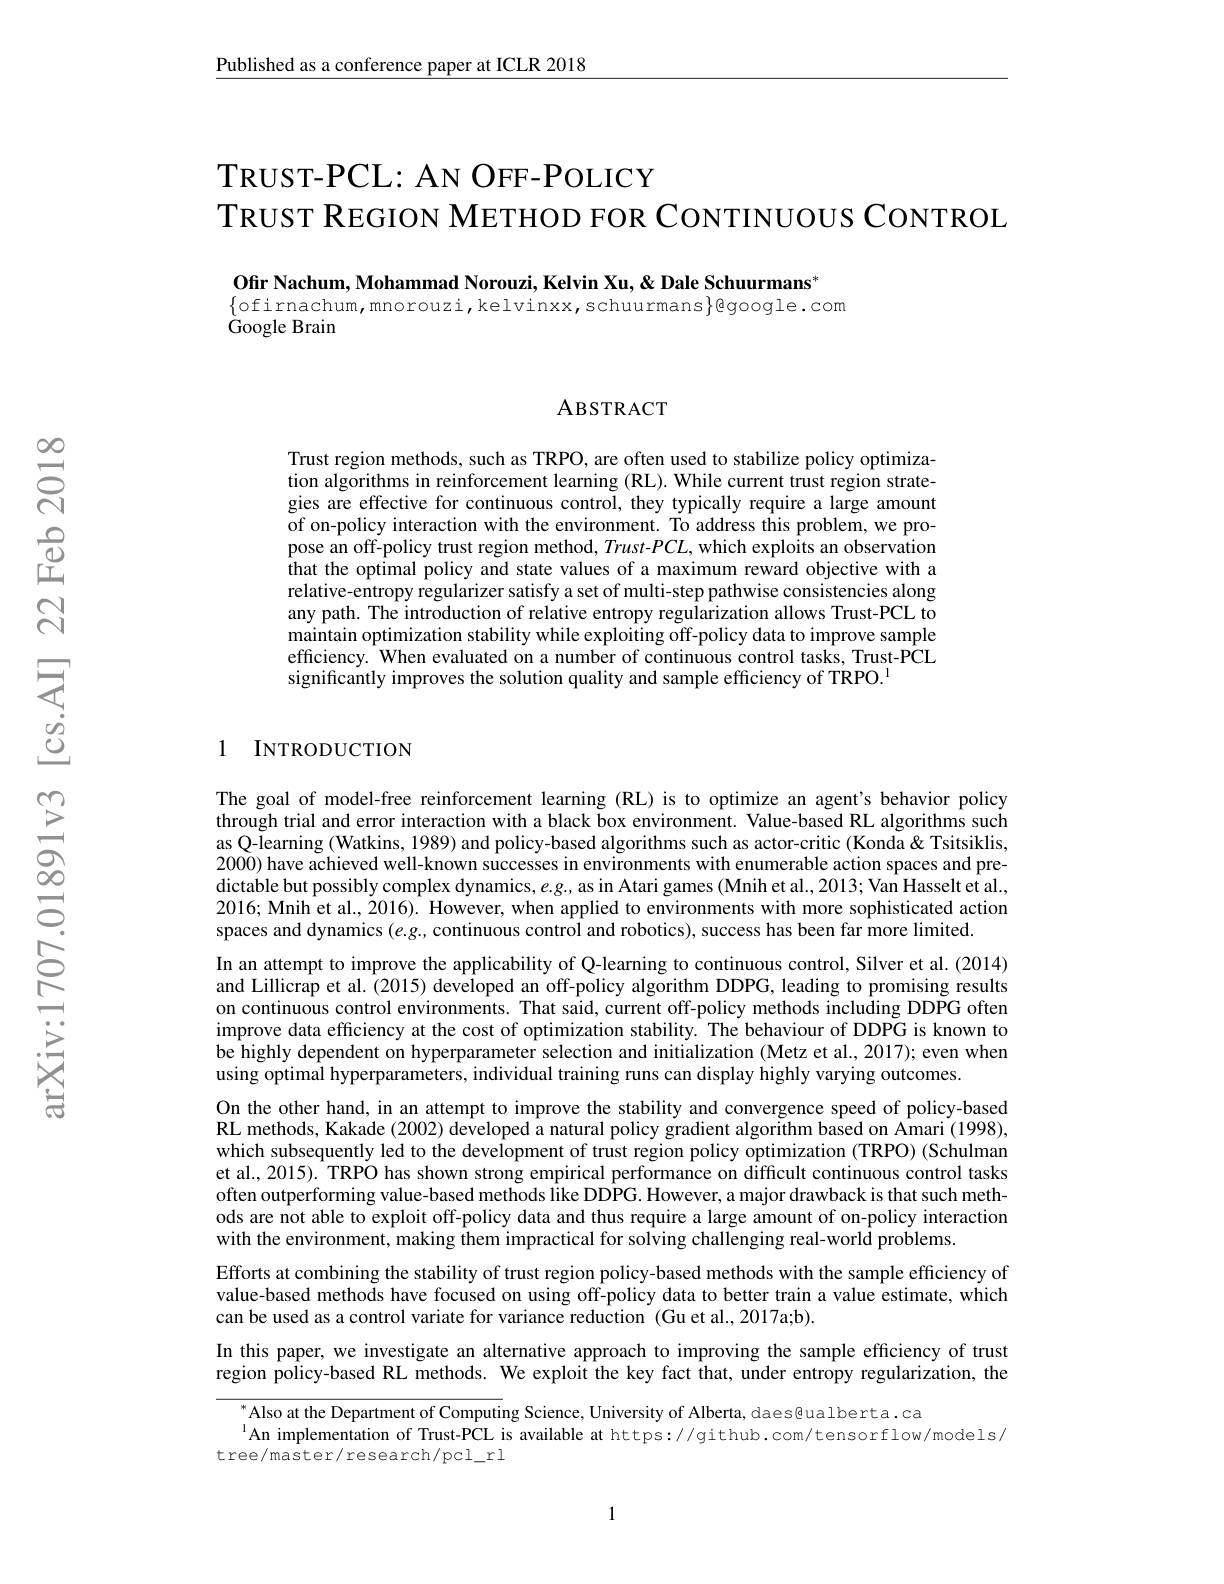
Published as a conference paper at ICLR 2018

TRUST- PCL: AN OFF- POLICY
TRUST REGION METHOD FOR CONTINUOUS CONTROL

Ofir Nachum, Mohammad Norouzi, Kelvin Xu, & Dale Schuurmans*
$\{$ofirnachum,mnorouzi, kelvinxx, schuurmans$\}$google.com
$\dot{\text{Google Brain}}$

## ABSTRACT

Trust region methods, such as TRPO, are often used to stabilize policy optimization algorithms in reinforcement learning (RL). While current trust region strategies are effective for continuous control, they typically require a large amount of on-policy interaction with the environment. To address this problem, we propose an off-policy trust region method, Trust-$PCL$, which exploits an observation $\hat{\text{that the optimal policy and state values of a maximum reward objective with a}}$ relative-entropy regularizer satisfy a set of multi-step pathwise consistencies along any path. The introduction of relative entropy regularization allows Trust-PCL to maintain optimization stability while exploiting off-policy data to improve sample efficiency. When evaluated on a number of continuous control tasks, Trust-PCL significantly improves the solution quality and sample efficiency of TRPO.$^{1}$

## 1 INTRODUCTION

The goal of model-free reinforcement learning (RL) is to optimize an agent's behavior policy through trial and error interaction with a black box environment. Value-based RL algorithms such as Q-learning (Watkins, 1989) and policy-based algorithms such as actor-critic (Konda&Tsitsiklis, 2000) have achieved well-known successes in environments with enumerable action spaces and predictable but possibly complex dynamics, $e.g.$, as in Atari games (Mnih et al., 2013; Van Hasselt et al., 2016; Mnih et al., 2016). However, when applied to environments with more sophisticated action spaces and dynamics $(e.g$, continuous control and robotics), success has been far more limited.
In an attempt to improve the applicability of Q-learning to continuous control, Silver et al. (2014) and Lillicrap et al. (2015) developed an off-policy algorithm DDPG, leading to promising results on continuous control environments. That said, current off-policy methods including DDPG often improve data efficiency at the cost of optimization stability. The behaviour of DDPG is known to be highly dependent on hyperparameter selection and initialization (Metz et al., 2017); even when using optimal hyperparameters, individual training runs can display highly varying outcomes.
On the other hand, in an attempt to improve the stability and convergence speed of policy-based RL methods, Kakade (2002) developed a natural policy gradient algorithm based on Amari (1998), which subsequently led to the development of trust region policy optimization (TRPO) (Schulman et al., 2015). TRPO has shown strong empirical performance on difficult continuous control tasks often outperforming value-based methods like DDPG. However, a major drawback is that such methods are not able to exploit off-policy data and thus require a large amount of on-policy interaction with the environment, making them impractical for solving challenging real-world problems.
Efforts at combining the stability of trust region policy-based methods with the sample efficiency of value-based methods have focused on using off-policy data to better train a value estimate, which can be used as a control variate for variance reduction (Gu et al.,2017a;b).
In this paper, we investigate an alternative approach to improving the sample efficiency of trust

region policy-based RL methods. We exploit the key fact that, under entropy regularization, the

Also at the Department of Computing Science, University of Alberta, daes@ualberta.ca
$^{1}$An implementation of Trust-PCL is available at https://github.com/tensorflow/models/
tree/master/research/pcl\_rl

1